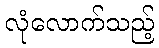
လုံလောက်သည့်